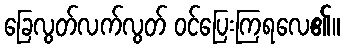
ခြေလွတ်လက်လွတ် ဝင်ပြေးကြရလေ၏။